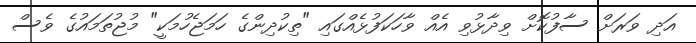
އަދި ވަރަށް ސާފުކޮށް ވިދާޅުވި އެއް ވާހަކަފުޅެއްގައި "ތިކުދިންގެ ހަމަޖެހުމަކީ" މުޖުތަމައުގެ ވެސް